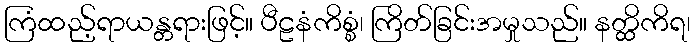
ကြံထည့်ရာယန္တရားဖြင့်။ ပီဠနံကိစ္စံ၊ ကြိတ်ခြင်းအမှုသည်။ နတ္ထိကိရ၊